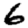
Digit: 6